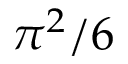
\pi ^ { 2 } / 6